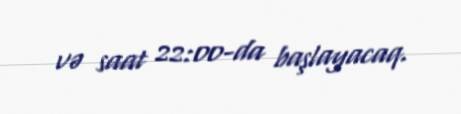
və saat 22:00-da başlayacaq.